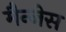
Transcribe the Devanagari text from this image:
मैन्जेस